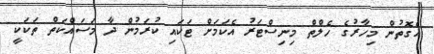
އެގޮތުން މިހާރުގެ ހެލްތް މިނިސްޓަރު އެކަމަށް ޓަކައި ކުރަމުން ދާ މަސައްކަތް ތަކަކީ